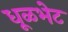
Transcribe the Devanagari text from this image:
धूळभेट